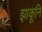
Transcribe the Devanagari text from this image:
झाकूनि